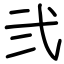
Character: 弐